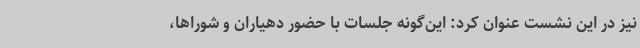
نیز در این نشست عنوان کرد: این‌گونه جلسات با حضور دهیاران و شوراها،